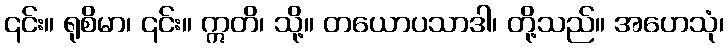
၎င်း။ ရုစိမာ၊ ၎င်း။ ဣတိ၊ သို့။ တယောပသာဒါ၊ တို့သည်။ အဟေသုံ၊